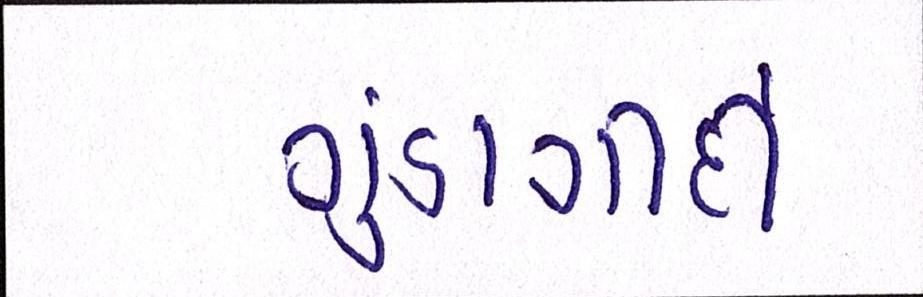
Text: ગુંડાગીર્દી